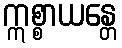
ဣစ္စာယန္တေ